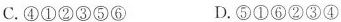
C.④①②③⑤⑥ D.⑤①⑥②③④